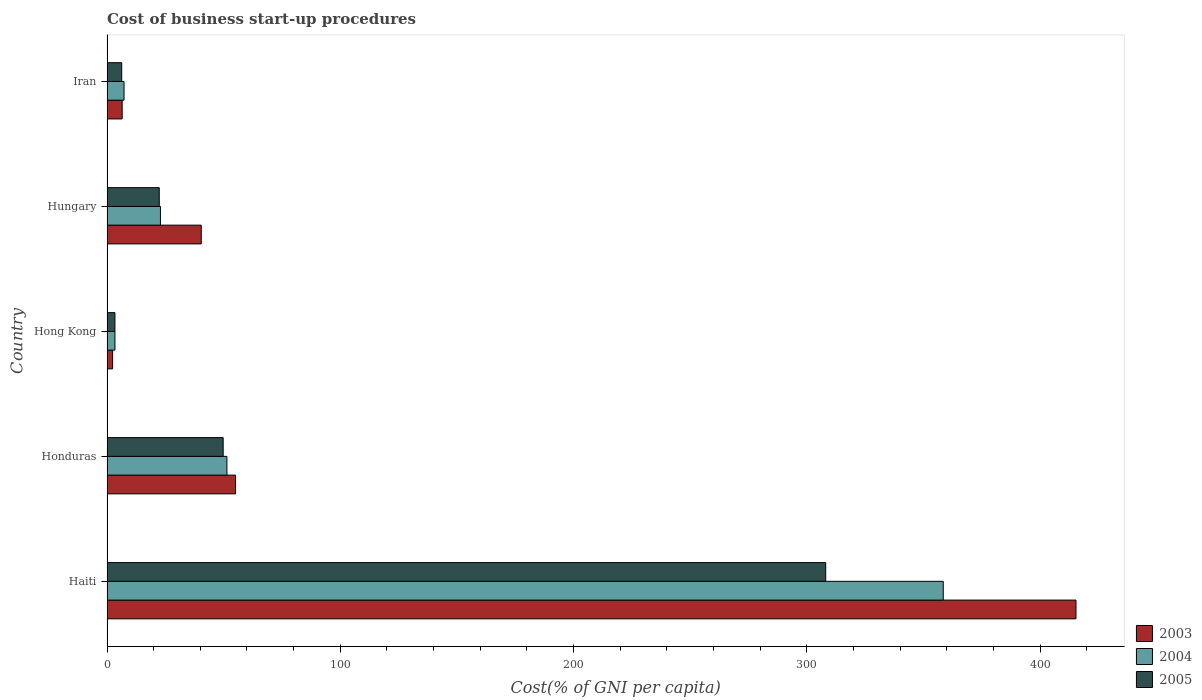
| Country | 2003 | 2004 | 2005 |
 | --- | --- | --- | --- |
 | Haiti | 415 | 358 | 308 |
 | Honduras | 55.1 | 51.4 | 49.8 |
 | Hong Kong | 2.4 | 3.4 | 3.4 |
 | Hungary | 40.4 | 22.9 | 22.4 |
 | Iran | 6.5 | 7.3 | 6.3 |